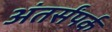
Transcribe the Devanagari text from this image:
अंतर्संपर्क